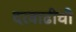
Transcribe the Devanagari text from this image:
दरवाढीची